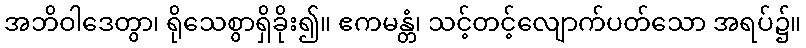
အဘိဝါဒေတွာ၊ ရိုသေစွာရှိခိုး၍။ ဧကမန္တံ၊ သင့်တင့်လျောက်ပတ်သော အရပ်၌။